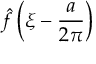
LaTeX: { \hat { f } } \left( \xi - { \frac { a } { 2 \pi } } \right)